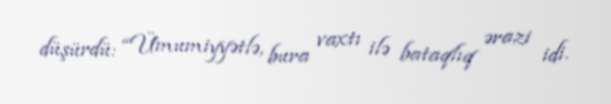
düşürdü: “Ümumiyyətlə, bura vaxtı ilə bataqlıq ərazi idi.